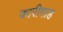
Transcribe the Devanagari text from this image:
कारीगाह